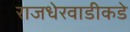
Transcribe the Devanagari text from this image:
राजधेरवाडीकडे